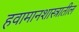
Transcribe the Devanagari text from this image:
हवामानशास्त्रातील